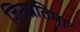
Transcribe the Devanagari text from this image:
जिनप्रतिमा